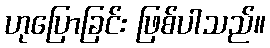
ဟုပြောခြင်း ဖြစ်ပါသည်။